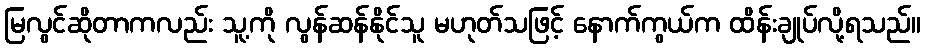
မြလွင်ဆိုတာကလည်း သူ့ကို လွန်ဆန်နိုင်သူ မဟုတ်သဖြင့် နောက်ကွယ်က ထိန်းချုပ်လို့ရသည်။